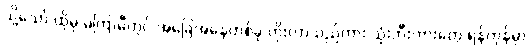
သို့သော် ထိုမှ မကြာမီတွင် အခြေအနေတစ်ခု တိုးလာသည်ကား သုံးဘီးကားတွေ ရန်ကုန်မှာ